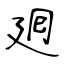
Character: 𢌞